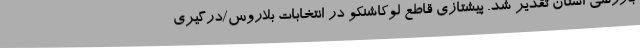
بازرسی استان تقدیر شد. پیشتازی قاطع لوکاشنکو در انتخابات بلاروس/درگیری